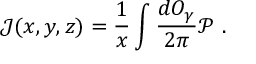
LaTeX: \mathcal { J } ( x , y , z ) = \frac { 1 } { x } \int \frac { d O _ { \gamma } } { 2 \pi } \mathcal { P } \ .